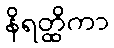
နိရတ္ထိကာ